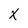
Character: X